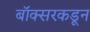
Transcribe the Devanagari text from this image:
बॉक्सरकडून